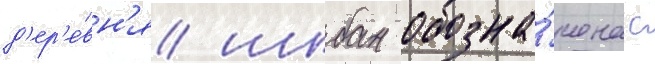
д'ер'е́вн'я шибан обозна́чена с